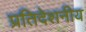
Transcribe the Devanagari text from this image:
प्रतिदेशनीय